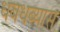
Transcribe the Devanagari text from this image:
धबधब्यास